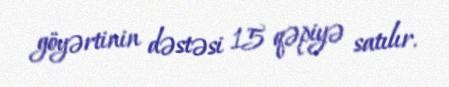
göyərtinin dəstəsi 15 qəpiyə satılır.